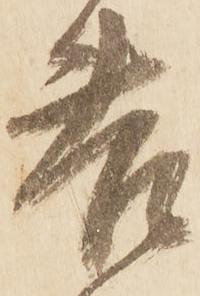
苦